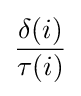
{\frac {\delta (i)}{\tau (i)}}